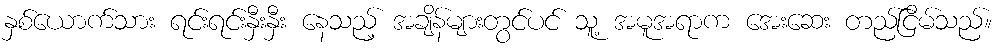
နှစ်ယောက်သား ရင်းရင်းနှီးနှီး နေသည့် အချိန်များတွင်ပင် သူ့ အမူအရာက အေးဆေး တည်ငြိမ်သည်။